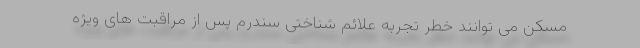
مسکن می توانند خطر تجربه علائم شناختی سندرم پس از مراقبت های ویژه